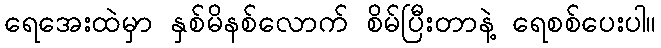
ရေအေးထဲမှာ နှစ်မိနစ်လောက် စိမ်ပြီးတာနဲ့ ရေစစ်ပေးပါ။